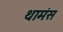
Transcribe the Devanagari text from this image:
थामंस